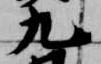
九